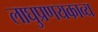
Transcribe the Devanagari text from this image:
लाघुप्रणयकाव्य